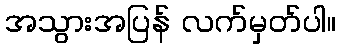
အသွားအပြန် လက်မှတ်ပါ။